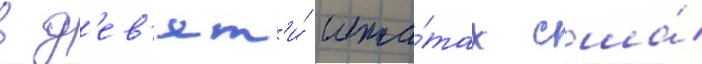
в д'ев'ят'и́ шта́тах сша́